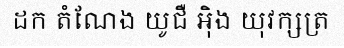
ដក តំណែង យូជឺ អ៊ិង យុវក្សត្រ